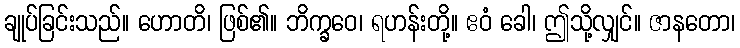
ချုပ်ခြင်းသည်။ ဟောတိ၊ ဖြစ်၏။ ဘိက္ခဝေ၊ ရဟန်းတို့။ ဧဝံ ခေါ၊ ဤသို့လျှင်။ ဇာနတော၊